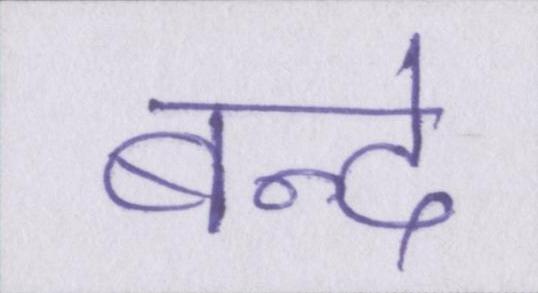
बन्दे